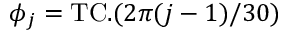
\phi _ { j } = \mathrm { T C } . ( 2 \pi ( j - 1 ) / 3 0 )